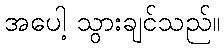
အပေါ့ သွားချင်သည်။